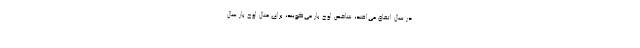
در سال اتفاق می‌افتد، شاخص اوج بار می‌گویند، برای مثال اوج بار سال